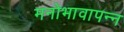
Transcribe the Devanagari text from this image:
मनोभावापन्न